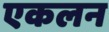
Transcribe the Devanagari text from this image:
एकलन